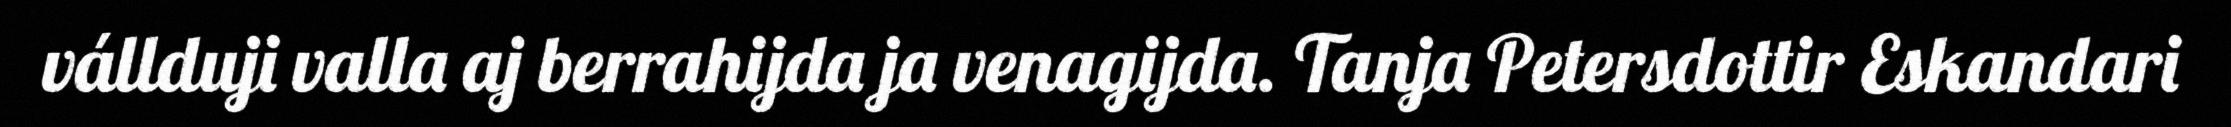
vállduji valla aj berrahijda ja venagijda. Tanja Petersdottir Eskandari